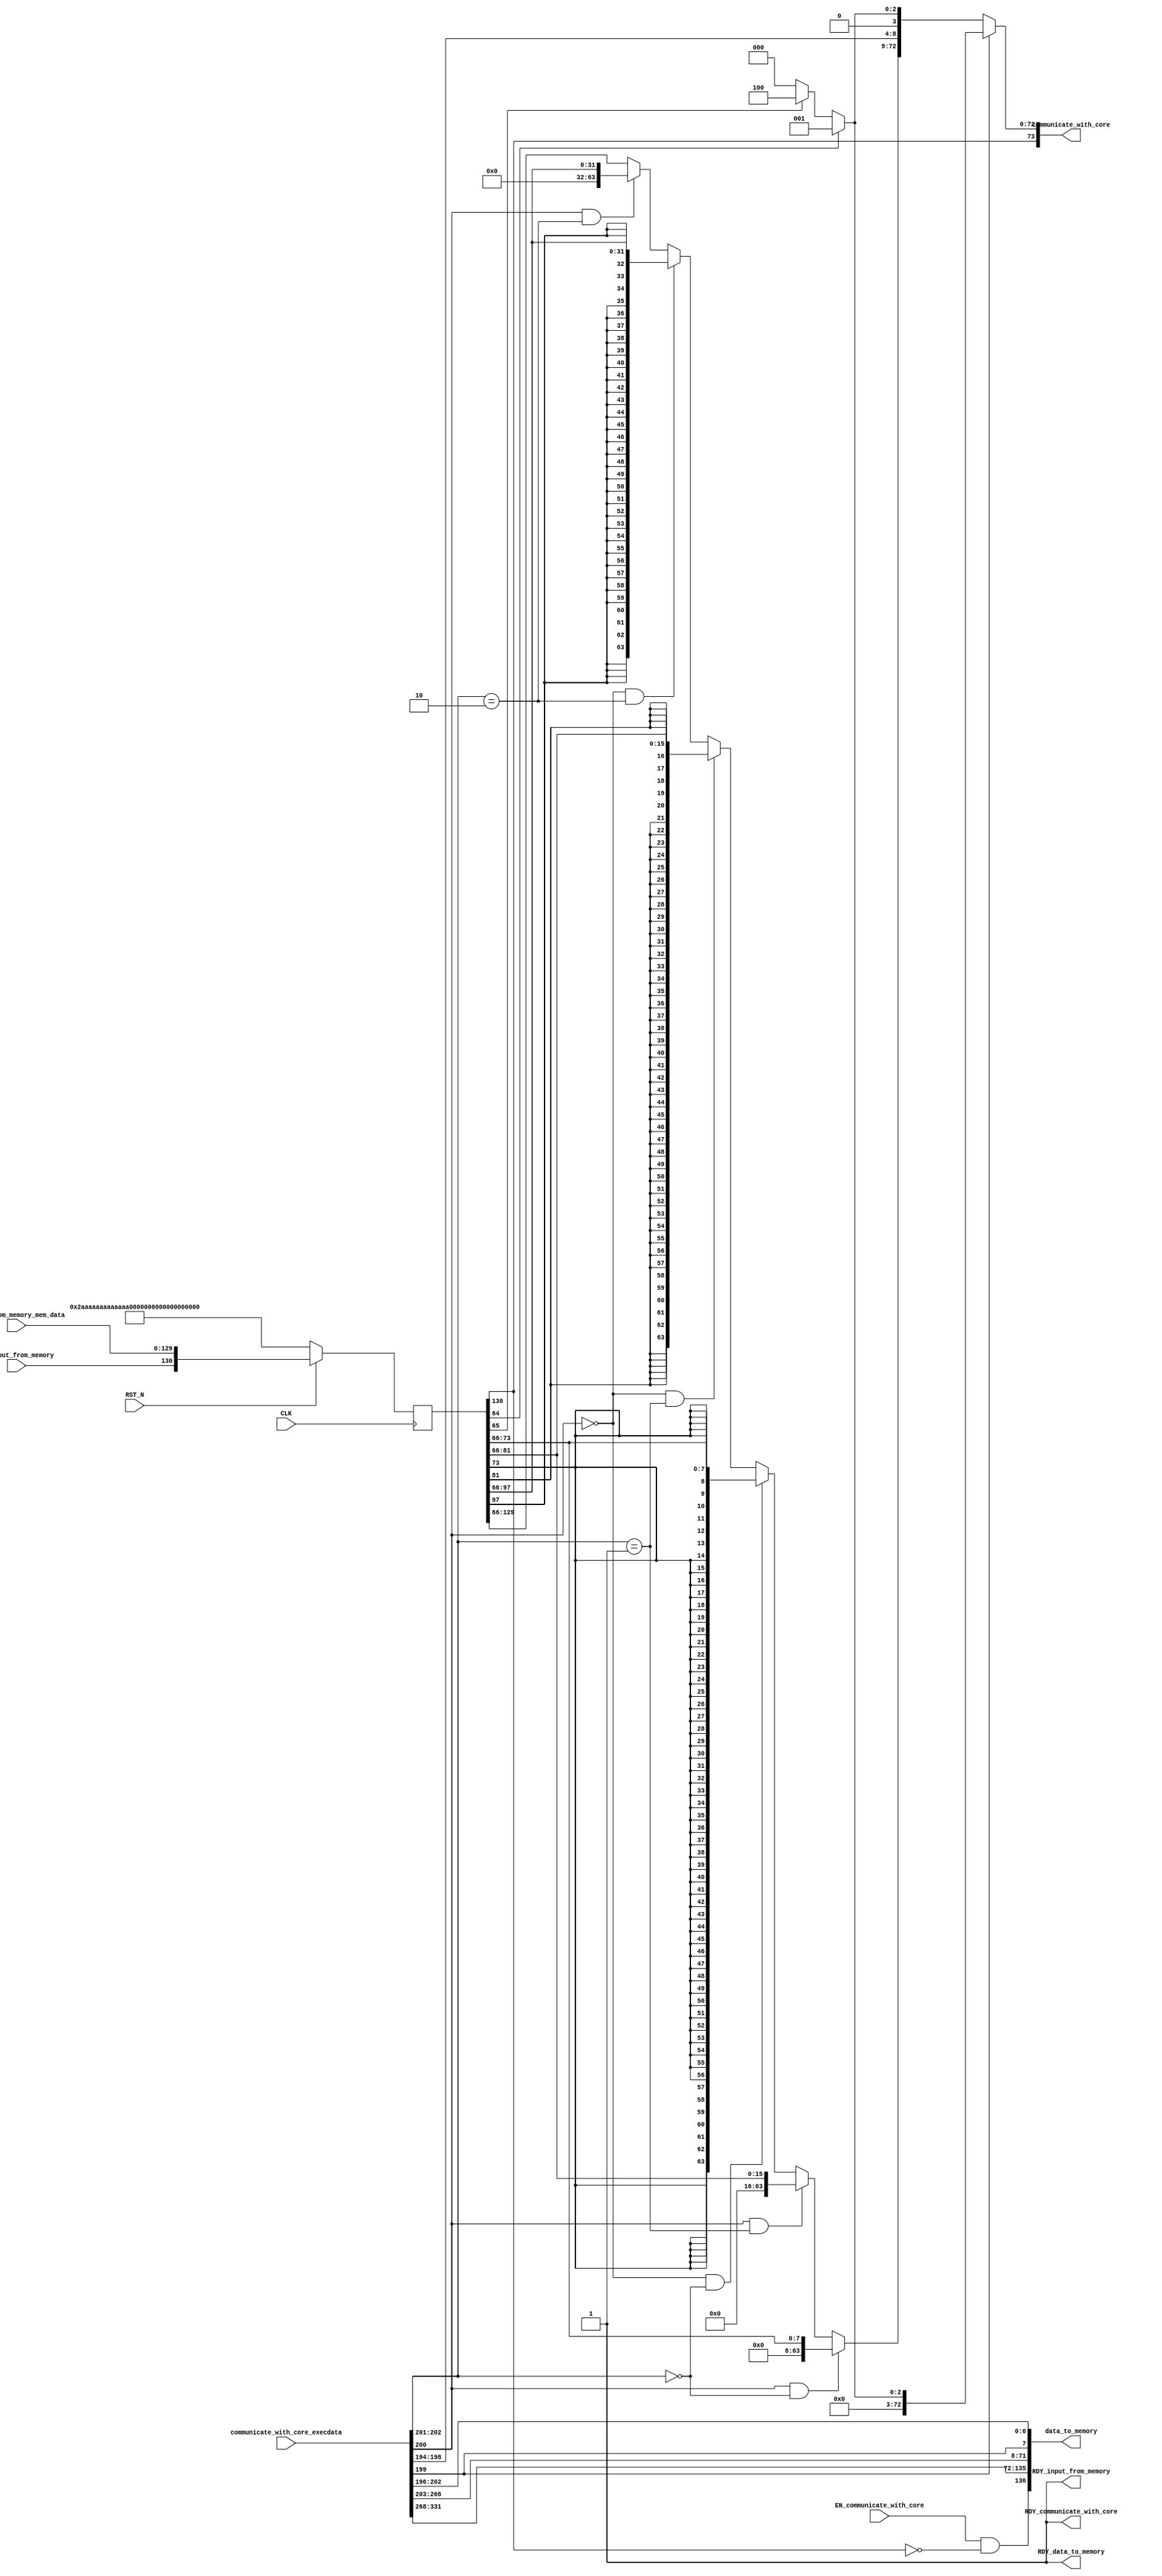
//
// Generated by Bluespec Compiler, version 2015.09.beta2 (build 34689, 2015-09-07)
//
// On Mon Dec 19 16:36:46 IST 2016
//
//
// Ports:
// Name                         I/O  size props
// RDY_input_from_memory          O     1 const
// data_to_memory                 O   137
// RDY_data_to_memory             O     1 const
// communicate_with_core          O    74
// RDY_communicate_with_core      O     1 const
// CLK                            I     1 clock
// RST_N                          I     1 reset
// input_from_memory_mem_data     I   130
// communicate_with_core_execdata  I   332
// EN_input_from_memory           I     1
// EN_communicate_with_core       I     1
//
// Combinational paths from inputs to outputs:
//   (communicate_with_core_execdata, EN_communicate_with_core) -> data_to_memory
//   communicate_with_core_execdata -> communicate_with_core
//
//

`ifdef BSV_ASSIGNMENT_DELAY
`else
  `define BSV_ASSIGNMENT_DELAY
`endif

`ifdef BSV_POSITIVE_RESET
  `define BSV_RESET_VALUE 1'b1
  `define BSV_RESET_EDGE posedge
`else
  `define BSV_RESET_VALUE 1'b0
  `define BSV_RESET_EDGE negedge
`endif

module mkmemory_unit(CLK,
		     RST_N,

		     input_from_memory_mem_data,
		     EN_input_from_memory,
		     RDY_input_from_memory,

		     data_to_memory,
		     RDY_data_to_memory,

		     communicate_with_core_execdata,
		     EN_communicate_with_core,
		     communicate_with_core,
		     RDY_communicate_with_core);
  input  CLK;
  input  RST_N;

  // action method input_from_memory
  input  [129 : 0] input_from_memory_mem_data;
  input  EN_input_from_memory;
  output RDY_input_from_memory;

  // value method data_to_memory
  output [136 : 0] data_to_memory;
  output RDY_data_to_memory;

  // actionvalue method communicate_with_core
  input  [331 : 0] communicate_with_core_execdata;
  input  EN_communicate_with_core;
  output [73 : 0] communicate_with_core;
  output RDY_communicate_with_core;

  // signals for module outputs
  wire [136 : 0] data_to_memory;
  wire [73 : 0] communicate_with_core;
  wire RDY_communicate_with_core, RDY_data_to_memory, RDY_input_from_memory;

  // inlined wires
  wire [136 : 0] wr_data_to_mem$wget;
  wire [130 : 0] wr_data_from_mem_1$wget;
  wire wr_data_to_mem$whas;

  // register wr_data_from_mem
  reg [130 : 0] wr_data_from_mem;
  wire [130 : 0] wr_data_from_mem$D_IN;
  wire wr_data_from_mem$EN;

  // rule scheduling signals
  wire CAN_FIRE_RL_wr_data_from_mem__dreg_update,
       CAN_FIRE_communicate_with_core,
       CAN_FIRE_input_from_memory,
       WILL_FIRE_RL_wr_data_from_mem__dreg_update,
       WILL_FIRE_communicate_with_core,
       WILL_FIRE_input_from_memory;

  // remaining internal signals
  reg [63 : 0] v__h588, v__h621, v__h693, v__h736, v__h849;
  wire [63 : 0] destination_value__h965;
  wire [31 : 0] wr_data_from_mem_BITS_97_TO_66__q3;
  wire [15 : 0] wr_data_from_mem_BITS_81_TO_66__q2;
  wire [7 : 0] wr_data_from_mem_BITS_73_TO_66__q1;
  wire [3 : 0] IF_wr_data_from_mem_0_BIT_64_0_THEN_1_ELSE_IF__ETC___d43;

  // action method input_from_memory
  assign RDY_input_from_memory = 1'd1 ;
  assign CAN_FIRE_input_from_memory = 1'd1 ;
  assign WILL_FIRE_input_from_memory = EN_input_from_memory ;

  // value method data_to_memory
  assign data_to_memory =
	     { wr_data_to_mem$whas && wr_data_to_mem$wget[136],
	       wr_data_to_mem$wget[135:0] } ;
  assign RDY_data_to_memory = 1'd1 ;

  // actionvalue method communicate_with_core
  assign communicate_with_core =
	     { wr_data_from_mem[130],
	       communicate_with_core_execdata[199] ?
		 { 69'd0,
		   IF_wr_data_from_mem_0_BIT_64_0_THEN_1_ELSE_IF__ETC___d43 } :
		 { destination_value__h965,
		   communicate_with_core_execdata[198:194],
		   IF_wr_data_from_mem_0_BIT_64_0_THEN_1_ELSE_IF__ETC___d43 } } ;
  assign RDY_communicate_with_core = 1'd1 ;
  assign CAN_FIRE_communicate_with_core = 1'd1 ;
  assign WILL_FIRE_communicate_with_core = EN_communicate_with_core ;

  // rule RL_wr_data_from_mem__dreg_update
  assign CAN_FIRE_RL_wr_data_from_mem__dreg_update = 1'd1 ;
  assign WILL_FIRE_RL_wr_data_from_mem__dreg_update = 1'd1 ;

  // inlined wires
  assign wr_data_to_mem$wget =
	     { 1'd1,
	       communicate_with_core_execdata[331:268],
	       communicate_with_core_execdata[266:203],
	       communicate_with_core_execdata[199],
	       communicate_with_core_execdata[202:196] } ;
  assign wr_data_to_mem$whas =
	     EN_communicate_with_core && !wr_data_from_mem[130] ;
  assign wr_data_from_mem_1$wget = { 1'd1, input_from_memory_mem_data } ;

  // register wr_data_from_mem
  assign wr_data_from_mem$D_IN =
	     { EN_input_from_memory && wr_data_from_mem_1$wget[130],
	       wr_data_from_mem_1$wget[129:0] } ;
  assign wr_data_from_mem$EN = 1'd1 ;

  // remaining internal signals
  assign IF_wr_data_from_mem_0_BIT_64_0_THEN_1_ELSE_IF__ETC___d43 =
	     wr_data_from_mem[64] ?
	       4'd1 :
	       (wr_data_from_mem[65] ? 4'd4 : 4'd0) ;
  assign destination_value__h965 =
	     (communicate_with_core_execdata[200] &&
	      communicate_with_core_execdata[202:201] == 2'b0) ?
	       { 56'd0, wr_data_from_mem[73:66] } :
	       ((communicate_with_core_execdata[200] &&
		 communicate_with_core_execdata[202:201] == 2'b01) ?
		  { 48'd0, wr_data_from_mem[81:66] } :
		  ((!communicate_with_core_execdata[200] &&
		    communicate_with_core_execdata[202:201] == 2'b0) ?
		     { {56{wr_data_from_mem_BITS_73_TO_66__q1[7]}},
		       wr_data_from_mem_BITS_73_TO_66__q1 } :
		     ((!communicate_with_core_execdata[200] &&
		       communicate_with_core_execdata[202:201] == 2'b01) ?
			{ {48{wr_data_from_mem_BITS_81_TO_66__q2[15]}},
			  wr_data_from_mem_BITS_81_TO_66__q2 } :
			((!communicate_with_core_execdata[200] &&
			  communicate_with_core_execdata[202:201] == 2'b10) ?
			   { {32{wr_data_from_mem_BITS_97_TO_66__q3[31]}},
			     wr_data_from_mem_BITS_97_TO_66__q3 } :
			   ((communicate_with_core_execdata[200] &&
			     communicate_with_core_execdata[202:201] ==
			     2'b10) ?
			      { 32'd0, wr_data_from_mem[97:66] } :
			      wr_data_from_mem[129:66]))))) ;
  assign wr_data_from_mem_BITS_73_TO_66__q1 = wr_data_from_mem[73:66] ;
  assign wr_data_from_mem_BITS_81_TO_66__q2 = wr_data_from_mem[81:66] ;
  assign wr_data_from_mem_BITS_97_TO_66__q3 = wr_data_from_mem[97:66] ;

  // handling of inlined registers

  always@(posedge CLK)
  begin
    if (RST_N == `BSV_RESET_VALUE)
      begin
        wr_data_from_mem <= `BSV_ASSIGNMENT_DELAY
	    { 1'd0,
	      130'h2AAAAAAAAAAAAAAAAAAAAAAAAAAAAAAAA /* unspecified value */  };
      end
    else
      begin
        if (wr_data_from_mem$EN)
	  wr_data_from_mem <= `BSV_ASSIGNMENT_DELAY wr_data_from_mem$D_IN;
      end
  end

  // synopsys translate_off
  `ifdef BSV_NO_INITIAL_BLOCKS
  `else // not BSV_NO_INITIAL_BLOCKS
  initial
  begin
    wr_data_from_mem = 131'h2AAAAAAAAAAAAAAAAAAAAAAAAAAAAAAAA;
  end
  `endif // BSV_NO_INITIAL_BLOCKS
  // synopsys translate_on

  // handling of system tasks

  // synopsys translate_off
  always@(negedge CLK)
  begin
    #0;
    if (RST_N != `BSV_RESET_VALUE)
      if (EN_communicate_with_core && communicate_with_core_execdata[199])
	begin
	  v__h621 = $time;
	  #0;
	end
    if (RST_N != `BSV_RESET_VALUE)
      if (EN_communicate_with_core && communicate_with_core_execdata[199])
	$display(v__h621,
		 "\tMEM_STAGE: STORE Operation selected. Address: %h Data: %h",
		 communicate_with_core_execdata[331:268],
		 communicate_with_core_execdata[266:203]);
    if (RST_N != `BSV_RESET_VALUE)
      if (EN_communicate_with_core && communicate_with_core_execdata[199] &&
	  !wr_data_from_mem[130])
	begin
	  v__h849 = $time;
	  #0;
	end
    if (RST_N != `BSV_RESET_VALUE)
      if (EN_communicate_with_core && communicate_with_core_execdata[199] &&
	  !wr_data_from_mem[130])
	$display(v__h849, "\tMEM_STAGE: Waiting for Memory to respond");
    if (RST_N != `BSV_RESET_VALUE)
      if (EN_communicate_with_core && !communicate_with_core_execdata[199])
	begin
	  v__h588 = $time;
	  #0;
	end
    if (RST_N != `BSV_RESET_VALUE)
      if (EN_communicate_with_core && !communicate_with_core_execdata[199])
	$display(v__h588,
		 "\tMEM_STAGE: LOAD Operation selected. Address: %h",
		 communicate_with_core_execdata[331:268]);
    if (RST_N != `BSV_RESET_VALUE)
      if (EN_communicate_with_core && !communicate_with_core_execdata[199] &&
	  wr_data_from_mem[130])
	begin
	  v__h693 = $time;
	  #0;
	end
    if (RST_N != `BSV_RESET_VALUE)
      if (EN_communicate_with_core && !communicate_with_core_execdata[199] &&
	  wr_data_from_mem[130])
	$display(v__h693,
		 "\tMEM_STAGE: Memory responded with data: %h",
		 wr_data_from_mem[129:66]);
    if (RST_N != `BSV_RESET_VALUE)
      if (EN_communicate_with_core && !communicate_with_core_execdata[199] &&
	  !wr_data_from_mem[130])
	begin
	  v__h736 = $time;
	  #0;
	end
    if (RST_N != `BSV_RESET_VALUE)
      if (EN_communicate_with_core && !communicate_with_core_execdata[199] &&
	  !wr_data_from_mem[130])
	$display(v__h736, "\tMEM_STAGE: Waiting for Memory to respond");
  end
  // synopsys translate_on
endmodule  // mkmemory_unit